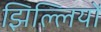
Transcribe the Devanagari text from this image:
झिल्‍लियों